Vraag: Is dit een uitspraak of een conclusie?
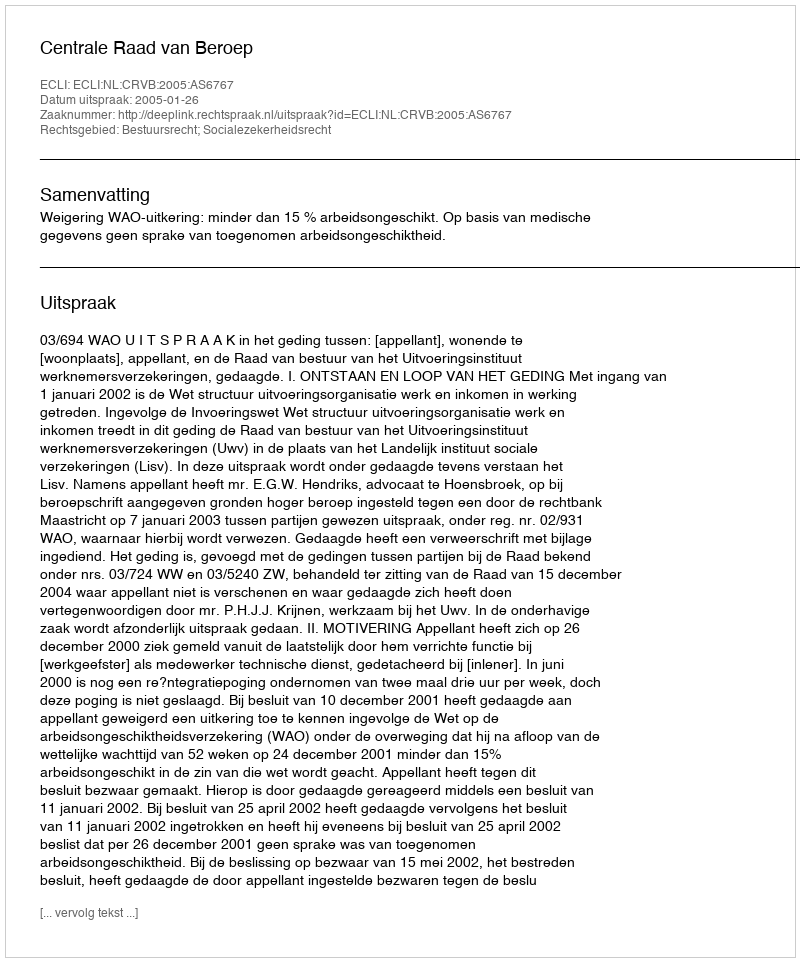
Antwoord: Uitspraak